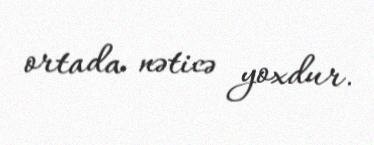
ortada nəticə yoxdur.